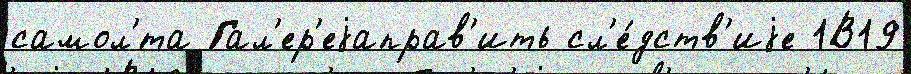
самол'́та Гал'ер'еjаправ'ить сл'е́дств'иjе 1В19